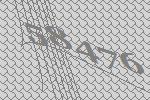
58476